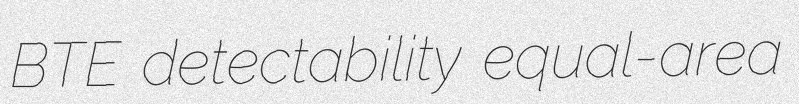
BTE detectability equal-area